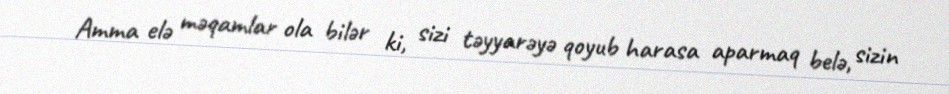
Amma elə məqamlar ola bilər ki, sizi təyyarəyə qoyub harasa aparmaq belə, sizin